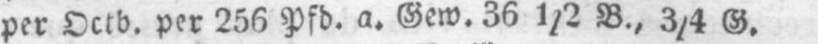
per Octb. per 256 Pfd. a. Gew. 36 1/2 B., 3/4 G.